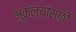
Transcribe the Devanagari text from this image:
भुकेल्यांसाठी